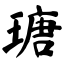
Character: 瑭